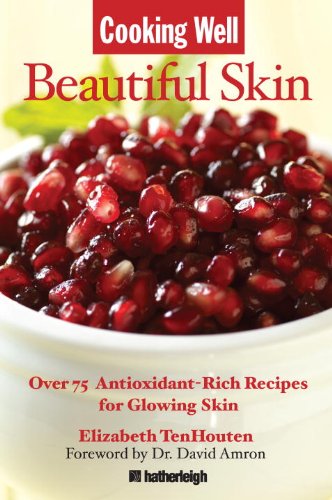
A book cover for Cooking Well: Beautiful Skin: Over 75 Antioxidant-Rich Recipes for Glowing Skin; Elizabeth TenHouten; Health, Fitness & Dieting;